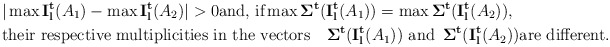
\begin{align*}&\vert \max {\bf I_l^t}(A_1)-\max {\bf I_l^t}(A_2)\vert>0 \hbox{and, if} \max {\bf \Sigma^t}({\bf I_l^t}(A_1))=\max {\bf \Sigma^t}({\bf I_l^t}(A_2)),\\ &\hbox{their respective multiplicities in the vectors}\quad{\bf \Sigma^t}({\bf I_l^t}(A_1))\,\,\hbox{and}\,\,\, {\bf \Sigma^t}({\bf I_l^t}(A_2)) \hbox{are different.}\end{align*}